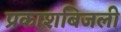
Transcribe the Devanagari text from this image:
प्रकाशबिजली